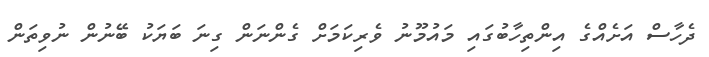
ދެހާސް އަށެއްގެ އިންތިހާބުގައި މައުމޫނު ވެރިކަމަށް ގެންނަން ގިނަ ބަޔަކު ބޭނުން ނުވިތަން